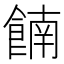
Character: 𫗕